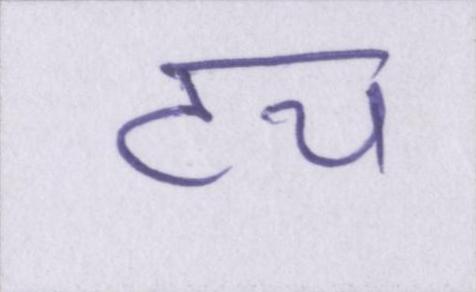
टच